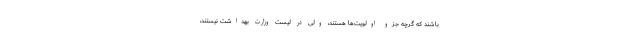
باشند که گرچه جزو اولویت‌ها هستند، ولی در لیست وزارت بهداشت نیستند،